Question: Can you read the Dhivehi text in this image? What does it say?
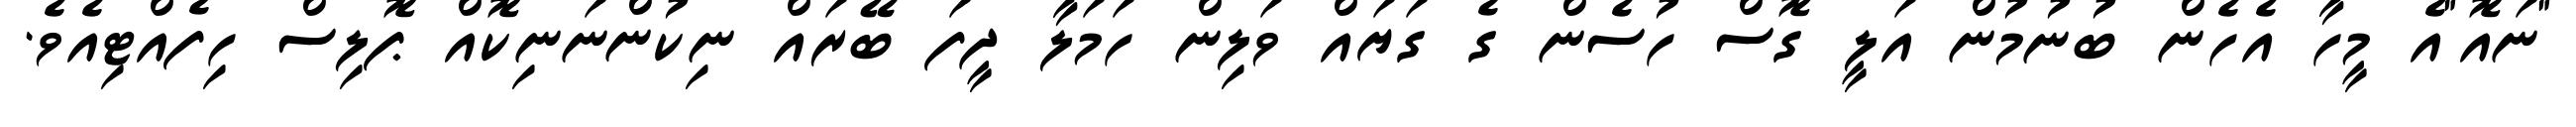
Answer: "ނައޮ"އެ މީހާ އެހެން ބުނުމުން އަލީ ގޮސް ހުސެން ގެ ގަޔައް ވަލިން ހަމަލާ ދީފަ ބޭރައް ނިކުންނަނިކޮއް ޕޮލިސް ހިފެއްޓިއެވެ.